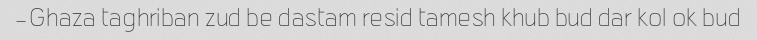
Ghaza taghriban zud be dastam resid tamesh khub bud dar kol ok bud-